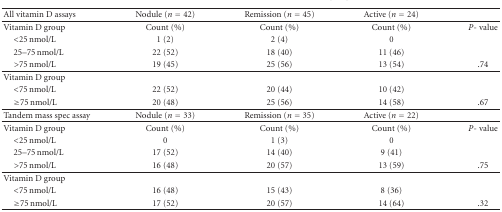
<table><thead><tr><td><b>All vitamin D assays</b></td><td><b>Nodule (<i>n</i> = 42)</b></td><td><b>Remission (<i>n</i> = 45)</b></td><td><b>Active (<i>n</i> = 24)</b></td><td></td></tr></thead><tbody><tr><td>Vitamin D group</td><td>Count (%)</td><td>Count (%)</td><td>Count (%)</td><td><i>P</i>- value</td></tr><tr><td><i> </i>&lt;25 nmol/L</td><td>1 (2)</td><td>2 (4)</td><td>0</td><td></td></tr><tr><td><i> </i>25–75 nmol/L</td><td>22 (52)</td><td>18 (40)</td><td>11 (46)</td><td></td></tr><tr><td><i> </i>&gt;75 nmol/L</td><td>19 (45)</td><td>25 (56)</td><td>13 (54)</td><td>.74</td></tr><tr><td>Vitamin D group</td><td></td><td></td><td></td><td></td></tr><tr><td><i> </i>&lt;75 nmol/L</td><td>22 (52)</td><td>20 (44)</td><td>10 (42)</td><td></td></tr><tr><td><i> </i>≥75 nmol/L</td><td>20 (48)</td><td>25 (56)</td><td>14 (58)</td><td>.67</td></tr><tr><td>Tandem mass spec assay</td><td>Nodule (<i>n</i> = 33)</td><td>Remission (<i>n</i> = 35)</td><td>Active (<i>n</i> = 22)</td><td></td></tr><tr><td>Vitamin D group</td><td>Count (%)</td><td>Count (%)</td><td>Count (%)</td><td><i>P</i>- value</td></tr><tr><td><i> </i>&lt;25 nmol/L</td><td>0</td><td>1 (3)</td><td>0</td><td></td></tr><tr><td><i> </i>25–75 nmol/L</td><td>17 (52)</td><td>14 (40)</td><td>9 (41)</td><td></td></tr><tr><td><i> </i>&gt;75 nmol/L</td><td>16 (48)</td><td>20 (57)</td><td>13 (59)</td><td>.75</td></tr><tr><td>Vitamin D group</td><td></td><td></td><td></td><td></td></tr><tr><td><i> </i>&lt;75 nmol/L</td><td>16 (48)</td><td>15 (43)</td><td>8 (36)</td><td></td></tr><tr><td><i> </i>≥75 nmol/L</td><td>17 (52)</td><td>20 (57)</td><td>14 (64)</td><td>.32</td></tr></tbody></table>